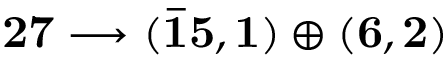
\bf 2 7 \longrightarrow ( { \bar { 1 5 } } , 1 ) \oplus ( 6 , 2 ) \,